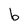
Character: b